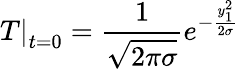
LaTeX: \left.T\right|_{t=0}=\frac{1}{\sqrt{2\pi\sigma}}e^{-\frac{y_{1}^{2}}{2\sigma}}